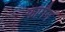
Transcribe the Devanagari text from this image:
फागैन